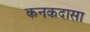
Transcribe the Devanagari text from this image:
कनकदासा